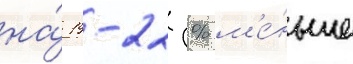
на́ 19-22 % м'е́ньше